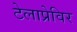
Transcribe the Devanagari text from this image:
टेलाप्रेविर